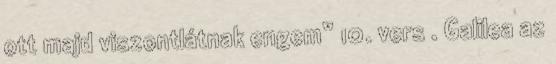
ott majd viszontlátnak engem” 10. vers . Galilea az